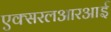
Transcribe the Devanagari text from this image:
एक्सरलआरआर्इ